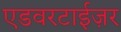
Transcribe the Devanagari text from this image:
एडवरटाईज़र